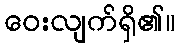
ဝေးလျက်ရှိ၏။